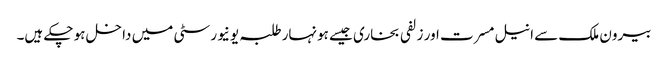
بیرون ملک سے انیل مسرت اور زلفی بخاری جیسے ہونہار طلبہ یونیورسٹی میں داخل ہو چکے ہیں۔